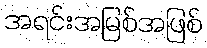
အရင်းအမြစ်အဖြစ်